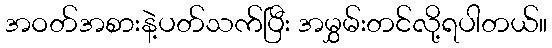
အဝတ်အစားနဲ့ပတ်သက်ပြီး အမွှမ်းတင်လို့ရပါတယ်။